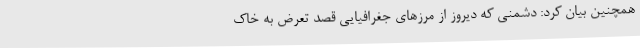
همچنین بیان کرد: دشمنی که دیروز از مرزهای جغرافیایی قصد تعرض به خاک